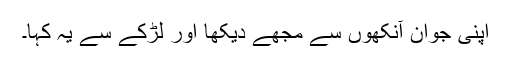
اپنی جوان آنکھوں سے مجھے دیکھا اور لڑکے سے یہ کہا۔